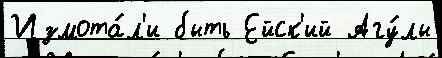
Измота́л'и быть Ейск'ий Агу́лы